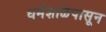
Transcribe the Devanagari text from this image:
धर्मशाळेपासून